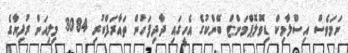
ނަމަވެސް އިސްލާމިކް ޑިވޮލޮޕްމަންޓް ބޭންކުގެ އެހީގައި ދާދިފަހުން ތައާރަފްކުރި 3084 މިލިއަން ރުފިޔާގެ